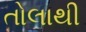
તોલાથી